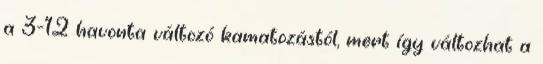
a 3-12 havonta változó kamatozástól, mert így változhat a